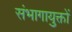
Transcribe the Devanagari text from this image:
संभागायुक्तों